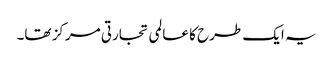
یہ ایک طرح کا عالمی تجارتی مرکز تھا۔